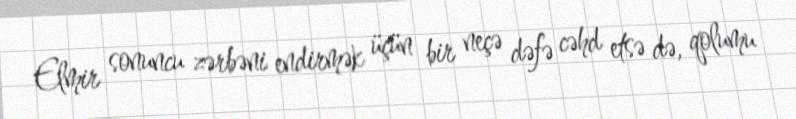
Elmir sonuncu zərbəni endirmək üçün bir neçə dəfə cəhd etsə də, qolumu